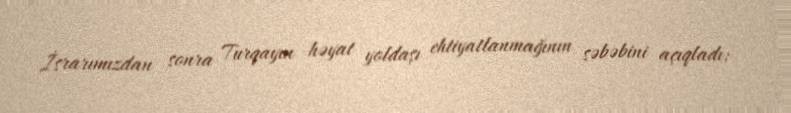
İsrarımızdan sonra Turqayın həyat yoldaşı ehtiyatlanmağının səbəbini açıqladı: